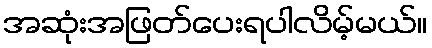
အဆုံးအဖြတ်ပေးရပါလိမ့်မယ်။